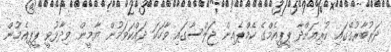
ދަރުބާރުގޭގައި ކުރިއަށްދާ ޕީޕީއެމްގެ ކެމްޕެއިން ޖަލްސާގައި ވާހަކަ ދައްކަވަމުން ޔާމީން ވިދާޅުވީ ޕީޕީއެމުން